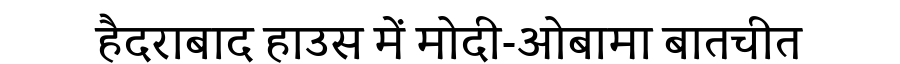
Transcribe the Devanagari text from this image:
हैदराबाद हाउस में मोदी-ओबामा बातचीत